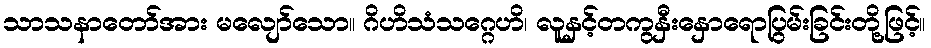
သာသနာတော်အား မလျော်သော။ ဂိဟိသံသဂ္ဂေဟိ၊ လူနှင့်တကွနှီးနှောရောပြွမ်းခြင်းတို့ဖြင့်။